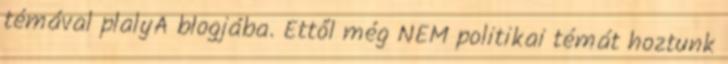
témával plalyA blogjába. Ettől még NEM politikai témát hoztunk